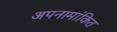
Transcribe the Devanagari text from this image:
अपनामांकित